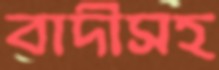
বাদীসহ